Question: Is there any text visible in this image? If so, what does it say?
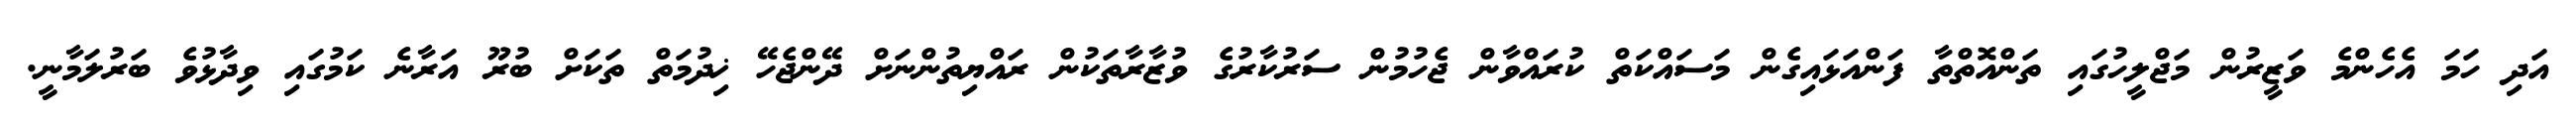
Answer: އަދި ހަމަ އެހެންމެ ވަޒީރުން މަޖްލީހުގައި ތަންއޮތްތާ ފަންއަޅައިގެން މަސައްކަތް ކުރައްވާން ޖެހުމުން ސަރުކާރުގެ ވުޒާރާތަކުން ރައްޔިތުންނަށް ދޭންޖެހޭ ޚިދުމަތް ތަކަށް ބުރޫ އަރާނެ ކަމުގައި ވިދާޅުވެ ބަރުލަމާނީ.